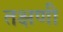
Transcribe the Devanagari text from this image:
तक्षणी